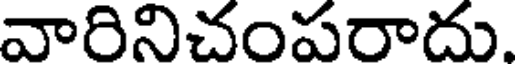
వారినిచంపరాదు.